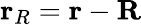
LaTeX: {\mathbf r_{R}}={\mathbf r}-{\mathbf R}